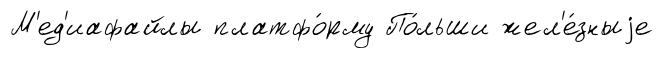
М'ед'иафайлы платфо́рму По́льши жел'е́зныjе